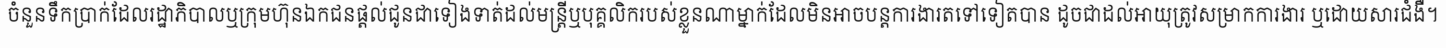
ចំនួនទឹកប្រាក់ដែលរដ្ឋាភិបាលឬក្រុមហ៊ុនឯកជនផ្តល់ជូនជាទៀងទាត់ដល់មន្ត្រីឬបុគ្គលិករបស់ខ្លួនណាម្នាក់ដែលមិនអាចបន្តការងារតទៅទៀតបាន ដូចជាដល់អាយុត្រូវសម្រាកការងារ ឬដោយសារជំងឺ។